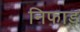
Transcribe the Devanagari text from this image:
निफाड़